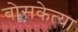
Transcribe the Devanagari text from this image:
बोसकेत्या